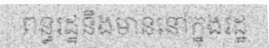
ពន្ធរដ្ឋនឹងមាននៅក្នុងរដ្ឋ